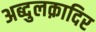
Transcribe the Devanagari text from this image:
अब्दुलक़ादिर